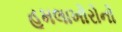
હૂમલાખોરોનો